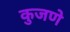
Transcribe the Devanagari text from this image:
कुजणे